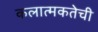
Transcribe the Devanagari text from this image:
कलात्मकतेची